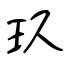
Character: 玖